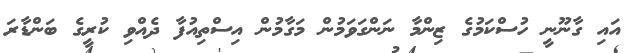
އައި ގާނޫނީ ހުސްކަމުގެ ޒިންމާ ނަންގަވަމުން މަގާމުން އިސްތިއުފާ ދެއްވި ކުރީގެ ބަންޑާރަ